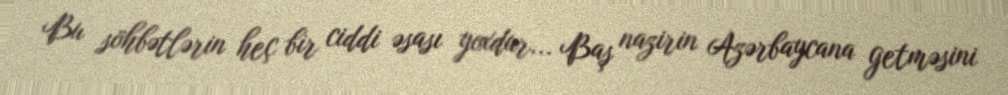
Bu söhbətlərin heç bir ciddi əsası yoxdur... Baş nazirin Azərbaycana getməsini